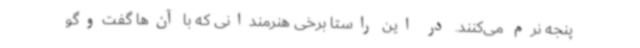
پنجه نرم می‌کنند. در این راستا برخی هنرمندانی که با آن‌ها گفت‌وگو